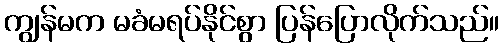
ကျွန်မက မခံမရပ်နိုင်စွာ ပြန်ပြောလိုက်သည်။